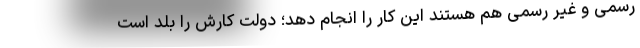
رسمی و غیر رسمی هم هستند این کار را انجام دهد؛ دولت کارش را بلد است